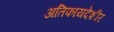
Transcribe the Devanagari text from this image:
अतिफायदेशीर